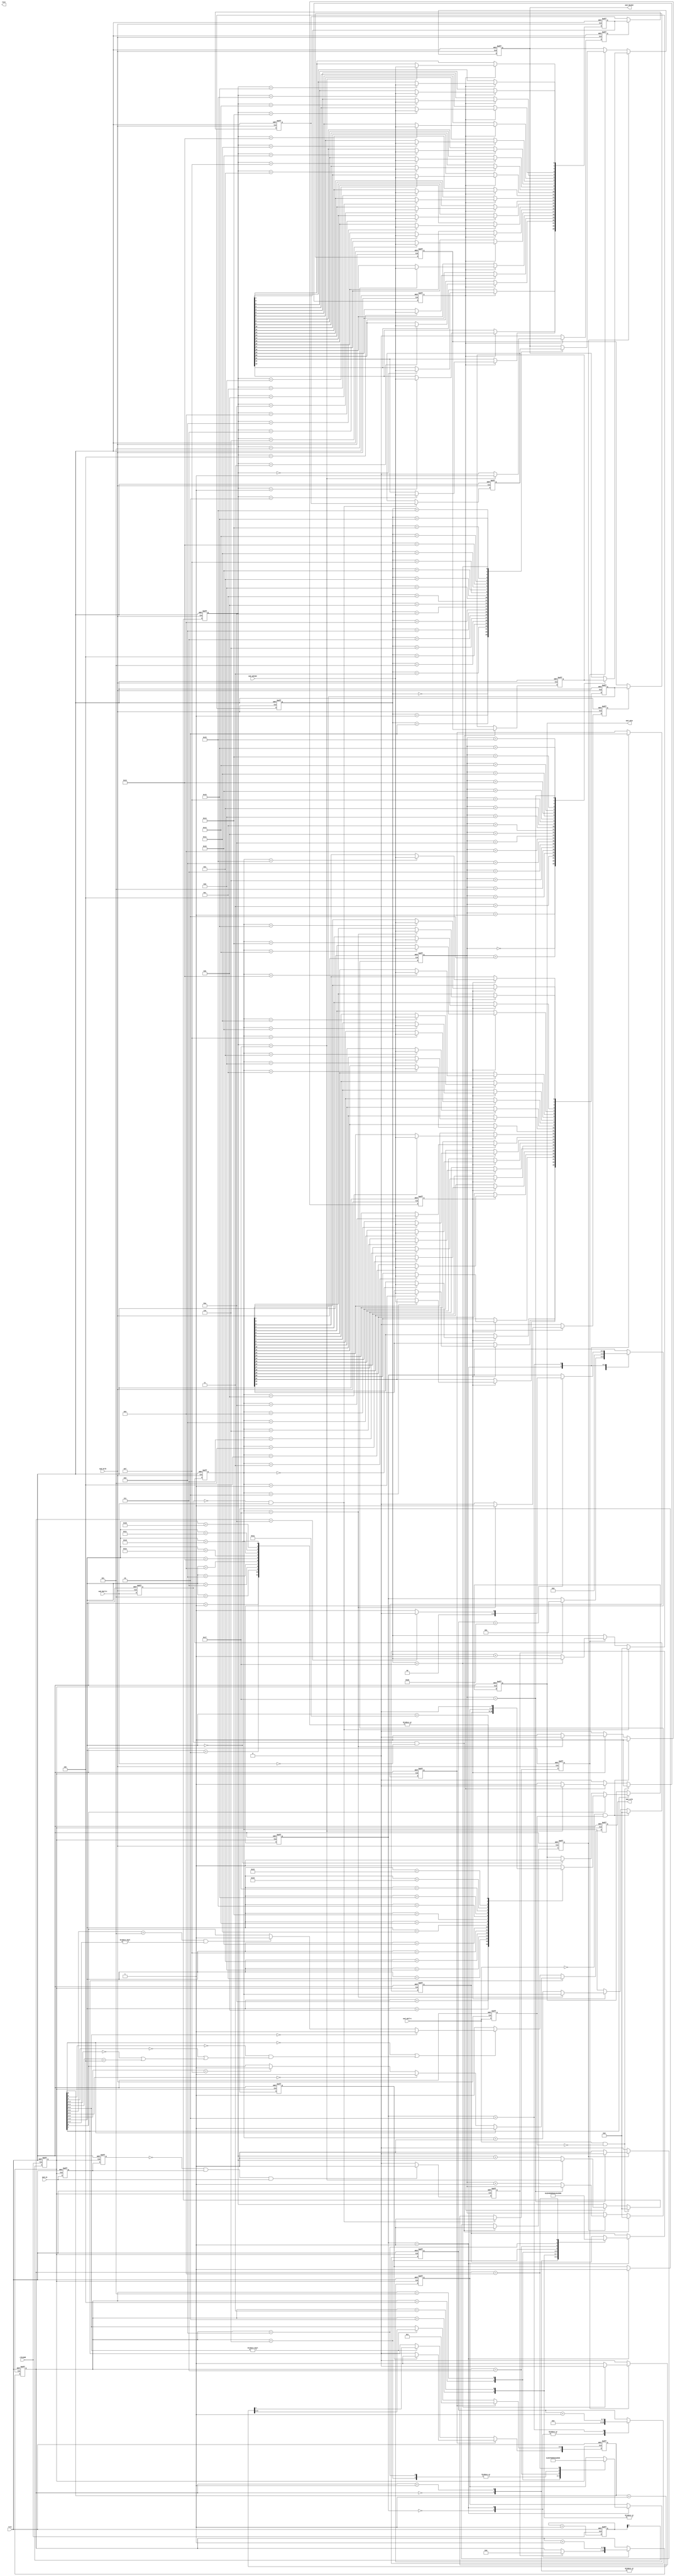
//====================================================================================

  //  Data             :     2013-03-10
  //  Rev              :     1.0
  //  HomePage         :     hevc265.taobao.com       
   
//====================================================================================



`timescale 1ns / 1ps
module audio_wm(
		 rstn,	
                 clk100M,
                 aud_en,  
                 aud_bclk,               
                 aud_sclk,
                 aud_sdin,
                 aud_adcdat,                                  
                 aud_adclrc,
                 aud_daclrc,
                 
                 aud_dacdat,                                                               
                 test		  		  
		);     			  
			  
input rstn;	
input clk100M;
input aud_en;

output aud_sclk;
output aud_sdin;
input  aud_bclk;
input  aud_adcdat;
input aud_adclrc;
input aud_daclrc;

output aud_dacdat;

output test;

reg aud_dacdat;
wire test;


//--------------------

reg i2cseti;

reg i2c_sclk;
reg clk200k;

reg [22:0]twcnt1;
reg [8:0]clkcnt;

reg i2c_init;
reg i2c_init1;
reg [7:0]i2c_cnt;

reg [7:0]i2c_rdata;

reg i2c_sdat;
reg i2c_oe;



//----------------------


reg i2crwi;
reg [7:0]i2c_waddr;
reg [7:0]i2c_wdata;
reg i2cwflg;

reg twinit;
reg [6:0]i2cwcnt;
reg [7:0]i2ctcnt;

reg [2:0]i2c_ctrl;

parameter I2C_IDLE   = 3'd0;
parameter I2C_SET    = 3'd1;
parameter I2C_END    = 3'd2;
 
//--assign aud_sdin = (i2c_oe==1'b1)? i2c_sdat : 1'bz;   
assign aud_sdin = i2c_sdat;
assign aud_sclk = i2c_sclk;

always @(posedge clk100M or negedge rstn) 
begin
if(!rstn)
   begin
        clkcnt <= 9'd0;
        clk200k <= 1'b0;
   end
else
   begin          
        clkcnt <= clkcnt + 1'b1;
        clk200k <= clkcnt[8];      
   end
end


reg seti0;
reg seti1;

always @(posedge clk200k or negedge rstn) 
begin
if(!rstn)
   begin
        i2cseti <= 1'b0;
        
        seti0 <= 1'b0;
        seti1 <= 1'b0;
   end
else
   begin          
        seti0 <= aud_en;
        seti1 <= seti0;
        
        if(seti1==1'b0&&seti0==1'b1&&aud_en==1'b1)
            begin
                 i2cseti <= 1'b1;
            end
        else
            begin
                 i2cseti <= 1'b0;
            end
   end
end

always @(posedge clk200k or negedge rstn) 
begin
     if(!rstn)
     	  begin
               i2crwi <= 1'b0;
               i2c_waddr <= 8'd0;
               i2c_wdata <= 8'd0;
               i2cwflg <= 1'b0;
               i2ctcnt <= 8'd0;
               i2cwcnt <= 7'd0;

               
               i2c_ctrl <= I2C_IDLE;
     	  end
     else 
          begin
               case(i2c_ctrl)
                   I2C_IDLE:
                       begin
                            i2ctcnt <= 8'd0;
      
                            if(i2cseti==1'b1)
                               begin
                                    i2c_ctrl <= I2C_SET;
                                    i2cwcnt <=7'd0;
                               end
                       end
                   
                   I2C_SET:
                       begin
                            i2cwcnt <= i2cwcnt + 1'b1;
                            
                            i2crwi <= 1'b1;
                            i2cwflg <= 1'b1;
                            i2ctcnt <= 8'd0;
                            case(i2cwcnt)
                                7'd0:   begin  i2c_waddr <= {7'h00,1'b0};  i2c_wdata <= 8'h4b;  end
                                7'd1:   begin  i2c_waddr <= {7'h01,1'b0};  i2c_wdata <= 8'h4b;  end
                                7'd2:   begin  i2c_waddr <= {7'h02,1'b0};  i2c_wdata <= 8'h79;  end   
                                7'd3:   begin  i2c_waddr <= {7'h03,1'b0};  i2c_wdata <= 8'h79;  end  
                                7'd4:   begin  i2c_waddr <= {7'h04,1'b0};  i2c_wdata <= 8'h08;  end  
                                7'd5:   begin  i2c_waddr <= {7'h05,1'b0};  i2c_wdata <= 8'h06;  end  
                                7'd6:   begin  i2c_waddr <= {7'h06,1'b0};  i2c_wdata <= 8'h00;  end  
                                7'd7:   begin  i2c_waddr <= {7'h07,1'b0};  i2c_wdata <= 8'h4a;  end     
                                
                                7'd8:   begin  i2c_waddr <= {7'h08,1'b0};  i2c_wdata <= 8'h00;  end
                                7'd9:   begin  i2c_waddr <= {7'h09,1'b0};  i2c_wdata <= 8'h01;  end                                                                                                                                                                                                                                                                                                                    
                                
                            endcase
                            
                            i2c_ctrl <=  I2C_END;
                       end
                       
                   I2C_END:
                       begin
                            i2crwi <= 1'b0;
                            i2ctcnt <= i2ctcnt + 1'b1;
                               
                            if(i2ctcnt[7:0]==8'd160)
                               begin
                                    if(i2cwcnt==7'd10)    
                                       begin
                                            i2c_ctrl <= I2C_IDLE;
                                       end
                                    else
                                       begin
                                            i2c_ctrl <= I2C_SET;
                                       end
                               end
                       end
              endcase                       
          end
end





always @(posedge clk200k or negedge rstn)          
begin
    if(!rstn)
       begin
            i2c_cnt <= 8'd0;
       end
    else
       begin
            if(i2crwi==1'b1)   
               begin
                    if(i2cwflg==1'b1)
                       begin
                           i2c_cnt[7] <= 1'b1;
                       end
                    else
                       begin
                           i2c_cnt[7] <= 1'b0;
                       end
                    i2c_cnt[6:0] <= 7'd1;
               end
            else
               begin
                    if(i2c_cnt[6:0]!=7'd0)
                       begin
                            i2c_cnt <= i2c_cnt + 1'b1;
                       end
               end       
       end
end


always @(posedge clk200k or negedge rstn)            //-- I2C PART
begin
if(!rstn)
   begin
        i2c_sclk <= 1'b1;
        
        i2c_init <= 1'b0;
        i2c_init1 <= 1'b0;
   end
else
   begin        
        if(i2c_cnt[7]==1'b0)
           begin   
               if(i2c_cnt[6]==1'b0 || (i2c_cnt[5]==1'b0&&(i2c_cnt[4]==0||(i2c_cnt[3:2]==2'b00||i2c_cnt[3:0]==4'b0100))))
                  begin
                      if(i2c_cnt[6:0]==6'd0)
                         begin
                              i2c_sclk <= 1'b1;
                         end
                      else
                         begin
                              if(i2c_cnt[6:3]==4'b0101 && i2c_cnt[2:1]!=2'b00)  //-- 42~47
                                 begin
                                      i2c_sclk <= 1'b1;
                                 end
                              else
                                 begin
                                      i2c_sclk <= i2c_cnt[0];
                                 end
                         end
                  end
               else
                  begin
                       i2c_sclk <= 1'b1;
                  end
           end
        else
           begin
                if(i2c_cnt[6]==1'b0)
                   begin
                      if(i2c_cnt[5:0]==5'd0)
                         begin
                              i2c_sclk <= 1'b1;
                         end
                      else
                         begin
                              if(i2c_cnt[5:2]==4'b1111)
                                 begin
                                      i2c_sclk <= 1'b1;
                                 end
                              else
                             begin
                                  i2c_sclk <= i2c_cnt[0];
                             end
                         end                   
                   end
                else
                   begin
                       i2c_sclk <= 1'b1;  
                   end 
           end
                                     
   end
end  




always @(negedge clk200k or negedge rstn)        
begin
if(!rstn)
   begin
        i2c_sdat <= 1'b1;
        i2c_oe <= 1'b1;
   end
else
   begin
      if(i2c_cnt[7]==1'b1)             //-- write;
         begin
             if(i2c_cnt[0]==1'b1)
                begin
                     case(i2c_cnt[6:1])
                        6'd0:  i2c_sdat <= 1'b0;    //-- start;
                        
                        6'd1:  i2c_sdat <= 1'b0;    //-- slave addr;  4A
                        6'd2:  i2c_sdat <= 1'b0;    //-- slave addr;
                        6'd3:  i2c_sdat <= 1'b1;    //-- slave addr;
                        6'd4:  i2c_sdat <= 1'b1;    //-- slave addr;
                        6'd5:  i2c_sdat <= 1'b0;    //-- slave addr;
                        6'd6:  i2c_sdat <= 1'b1;    //-- slave addr;
                        6'd7:  i2c_sdat <= 1'b0;    //-- slave addr;        
                        6'd8:  i2c_sdat <= 1'b0;    //-- write;           
                        
                        6'd9:  i2c_sdat <= 1'b0;    //-- ack time;
                         

                        6'd10: i2c_sdat <= i2c_waddr[7];    //-- sub addr;
                        6'd11: i2c_sdat <= i2c_waddr[6];
                        6'd12: i2c_sdat <= i2c_waddr[5];
                        6'd13: i2c_sdat <= i2c_waddr[4];
                        6'd14: i2c_sdat <= i2c_waddr[3];
                        6'd15: i2c_sdat <= i2c_waddr[2];
                        6'd16: i2c_sdat <= i2c_waddr[1];
                        6'd17: i2c_sdat <= i2c_waddr[0];  
                        
                        6'd18: i2c_sdat <= 1'b0;    //-- ack time;
                        
                        
                        
                        6'd19: i2c_sdat <= i2c_wdata[7];    //-- wrt data;
                        6'd20: i2c_sdat <= i2c_wdata[6];    //-- wrt data;
                        6'd21: i2c_sdat <= i2c_wdata[5];    //-- wrt data;  
                        6'd22: i2c_sdat <= i2c_wdata[4];    //-- wrt data;
                        6'd23: i2c_sdat <= i2c_wdata[3];    //-- wrt data;
                        6'd24: i2c_sdat <= i2c_wdata[2];    //-- wrt data;
                        6'd25: i2c_sdat <= i2c_wdata[1];    //-- wrt data;
                        6'd26: i2c_sdat <= i2c_wdata[0];    //-- wrt data;                           
                        
                        6'd27,
                        6'd28,
                        6'd29,
                        6'd30: i2c_sdat <= 1'b0;                                      
                        default: i2c_sdat <= 1'b1;  
                     endcase 
                end
             else
                begin
                     if(i2c_cnt[6:1]==5'd0)
                        begin
                             i2c_sdat <= 1'b1;
                        end
                end                                                 
         end
       
       
       if(i2c_cnt[7]==1'b1)
          begin
               if(i2c_cnt[0]==1'b1)
                  begin              
                      if(i2c_cnt[6:1]==6'd9 || i2c_cnt[6:1]==6'd18 || i2c_cnt[6:1]==6'd27)
                         begin
                             i2c_oe <= 1'b0;
                         end
                      else
                         begin
                             i2c_oe <= 1'b1;
                         end
                  end
               else
                  begin
                      if(i2c_cnt[6:1]==6'd0)
                         begin
                             i2c_oe <= 1'b1; 
                         end
                  end
          end
           

       
   end
end



always @(negedge clk200k or negedge rstn)           
begin
if(!rstn)
   begin       
        i2c_rdata <= 8'd0;
   end
else
   begin           
        if(i2c_cnt[0]==1'b0&&i2c_cnt[7]==1'b0)
           begin
                case(i2c_cnt[6:1])
                    6'd33: i2c_rdata[7]<= aud_sdin;
                    6'd34: i2c_rdata[6]<= aud_sdin;
                    6'd35: i2c_rdata[5]<= aud_sdin;
                    6'd36: i2c_rdata[4]<= aud_sdin;
                    6'd37: i2c_rdata[3]<= aud_sdin;
                    6'd38: i2c_rdata[2]<= aud_sdin;
                    6'd39: i2c_rdata[1]<= aud_sdin;
                    6'd40: i2c_rdata[0]<= aud_sdin;
                endcase
           end                       
   end
end



  
//==================== audio Line in =========================  


reg [23:0]linrsp; 
reg linvld0;
reg linvld;
reg [23:0]lindat;

reg adclrc1;
reg lrsptime;
reg [4:0]lrspcnt;

always @(posedge aud_bclk or negedge rstn) 
begin
if(!rstn)
   begin
        adclrc1 <= 1'b0;
        lrsptime <= 1'b0;
        lrspcnt <= 5'd0;
        
        linrsp <= 24'd0;
        linvld0 <= 1'b0;
        linvld <= 1'b0;
        lindat <= 24'd0;
   end
else
   begin                                   //--ADC IN:    Master, I2S , fs=48khz, 24bit;
        adclrc1 <= aud_adclrc; 
        
        if(aud_adclrc==1'b0 && adclrc1==1'b1)
           begin
                lrsptime <= 1'b1;
                lrspcnt <= 5'd0;
           end
        else
           begin
                if(lrsptime==1'b1)
                   begin
                        if(lrspcnt==5'd23)
                           begin
                                lrsptime <= 1'b0;
                           end
                        else
                           begin
                                lrspcnt <= lrspcnt + 1'b1;
                           end
                   end
           end
           
        if(lrsptime==1'b1)
           begin
                case(lrspcnt[4:0])
                    5'd0:   linrsp[23] <= aud_adcdat;
                    5'd1:   linrsp[22] <= aud_adcdat;
                    5'd2:   linrsp[21] <= aud_adcdat;
                    5'd3:   linrsp[20] <= aud_adcdat;
                            
                    5'd4:   linrsp[19] <= aud_adcdat;
                    5'd5:   linrsp[18] <= aud_adcdat;
                    5'd6:   linrsp[17] <= aud_adcdat;
                    5'd7:   linrsp[16] <= aud_adcdat;
                            
                    5'd8:   linrsp[15] <= aud_adcdat;
                    5'd9:   linrsp[14] <= aud_adcdat;
                    5'd10:  linrsp[13] <= aud_adcdat;
                    5'd11:  linrsp[12] <= aud_adcdat;
                    
                    5'd12:  linrsp[11] <= aud_adcdat;
                    5'd13:  linrsp[10] <= aud_adcdat;
                    5'd14:  linrsp[9] <= aud_adcdat;
                    5'd15:  linrsp[8] <= aud_adcdat;                    

                    5'd16:  linrsp[7] <= aud_adcdat;
                    5'd17:  linrsp[6] <= aud_adcdat;
                    5'd18:  linrsp[5] <= aud_adcdat;
                    5'd19:  linrsp[4] <= aud_adcdat;
                    
                    5'd20:  linrsp[3] <= aud_adcdat;
                    5'd21:  linrsp[2] <= aud_adcdat;
                    5'd22:  linrsp[1] <= aud_adcdat;
                    5'd23:  linrsp[0] <= aud_adcdat;
                endcase                    
           end
           
         if(lrsptime==1'b1)
           begin
                if(lrspcnt==5'd23)
                   begin
                        linvld0 <= 1'b1;   //-- keep 1clk; 
                   end
                else
                   begin
                        linvld0 <= 1'b0;
                   end
           end   
         else
           begin
                linvld0 <= 1'b0;
           end
           
         linvld <= linvld0;
         if(linvld0==1'b1)
            begin
                 lindat <= linrsp;      
            end
   end
end   




reg [23:0]rinrsp; 
reg rinvld0;
reg rinvld;
reg [23:0]rindat;

reg rrsptime;
reg [4:0]rrspcnt;

always @(posedge aud_bclk or negedge rstn) 
begin
if(!rstn)
   begin
        rrsptime <= 1'b0;
        rrspcnt <= 5'd0;
        
        rinrsp <= 24'd0;
        rinvld0 <= 1'b0;
        rinvld <= 1'b0;
        rindat <= 24'd0;
   end
else
   begin                                   //--ADC IN:    Master, I2S , fs=48khz, 24bit;        
        if(aud_adclrc==1'b1 && adclrc1==1'b0)
           begin
                rrsptime <= 1'b1;
                rrspcnt <= 5'd0;
           end
        else
           begin
                if(rrsptime==1'b1)
                   begin
                        if(rrspcnt==5'd23)
                           begin
                                rrsptime <= 1'b0;
                           end
                        else
                           begin
                                rrspcnt <= rrspcnt + 1'b1;
                           end
                   end
           end
           
        if(rrsptime==1'b1)
           begin
                case(rrspcnt[4:0])
                    5'd0:   rinrsp[23] <= aud_adcdat;
                    5'd1:   rinrsp[22] <= aud_adcdat;
                    5'd2:   rinrsp[21] <= aud_adcdat;
                    5'd3:   rinrsp[20] <= aud_adcdat;
                            
                    5'd4:   rinrsp[19] <= aud_adcdat;
                    5'd5:   rinrsp[18] <= aud_adcdat;
                    5'd6:   rinrsp[17] <= aud_adcdat;
                    5'd7:   rinrsp[16] <= aud_adcdat;
                            
                    5'd8:   rinrsp[15] <= aud_adcdat;
                    5'd9:   rinrsp[14] <= aud_adcdat;
                    5'd10:  rinrsp[13] <= aud_adcdat;
                    5'd11:  rinrsp[12] <= aud_adcdat;
                    
                    5'd12:  rinrsp[11] <= aud_adcdat;
                    5'd13:  rinrsp[10] <= aud_adcdat;
                    5'd14:  rinrsp[9] <= aud_adcdat;
                    5'd15:  rinrsp[8] <= aud_adcdat;                    

                    5'd16:  rinrsp[7] <= aud_adcdat;
                    5'd17:  rinrsp[6] <= aud_adcdat;
                    5'd18:  rinrsp[5] <= aud_adcdat;
                    5'd19:  rinrsp[4] <= aud_adcdat;
                    
                    5'd20:  rinrsp[3] <= aud_adcdat;
                    5'd21:  rinrsp[2] <= aud_adcdat;
                    5'd22:  rinrsp[1] <= aud_adcdat;
                    5'd23:  rinrsp[0] <= aud_adcdat;
                endcase                    
           end
           
         if(rrsptime==1'b1)
           begin
                if(rrspcnt==5'd23)
                   begin
                        rinvld0 <= 1'b1;   //-- keep 1clk; 
                   end
                else
                   begin
                        rinvld0 <= 1'b0;
                   end
           end   
         else
           begin
                rinvld0 <= 1'b0;
           end
           
         rinvld <= rinvld0;
         if(rinvld0==1'b1)
            begin
                 rindat <= rinrsp;
            end
   end
end   


//==================== audio line out ==============================


reg [23:0]ldodat;
reg ldotime;
reg [4:0]ldocnt;
reg daclrc1;

always @(posedge aud_bclk or negedge rstn) 
begin
if(!rstn)
   begin
        ldodat <= 24'd0;
        ldotime <= 1'b0;
        ldocnt <= 5'd0;
        
        daclrc1 <= 1'b0;
   end
else
   begin
        
        daclrc1 <= aud_daclrc;
        
        if(daclrc1==1'b1&&aud_daclrc==1'b0)     //--DAC OUT:    Master, I2S , fs=48khz, 24bit; 
           begin
                ldotime <= 1'b1;
                ldocnt <= 5'd0;
                ldodat[23:0] <= lindat[23:0];              //-- LINE INLINE OUT 
           end
        else
           begin
                if(ldotime==1'b1)
                   begin
                        if(ldocnt==5'd23)
                           begin
                                ldotime <= 1'b0;
                           end
                        else
                           begin
                                ldocnt <= ldocnt + 1'b1;
                           end                        
                   end
           end
        
   end
end





reg [23:0]rdodat;
reg rdotime;
reg [4:0]rdocnt;

always @(posedge aud_bclk or negedge rstn) 
begin
if(!rstn)
   begin
        rdodat <= 24'd0;
        rdotime <= 1'b0;
        rdocnt <= 5'd0;
        
   end
else
   begin
        
        if(daclrc1==1'b0&&aud_daclrc==1'b1)     //--DAC OUT:    Master, I2S , fs=48khz, 24bit; 
           begin
                rdotime <= 1'b1;
                rdocnt <= 5'd0;
                rdodat[23:0] <= rindat[23:0];              //-- LINE INLINE OUT 
           end
        else
           begin
                if(rdotime==1'b1)
                   begin
                        if(rdocnt==5'd23)
                           begin
                                rdotime <= 1'b0;
                           end
                        else
                           begin
                                rdocnt <= rdocnt + 1'b1;
                           end                        
                   end
           end
        
   end
end




always @(negedge aud_bclk or negedge rstn)         //-- 
begin
if(!rstn)
   begin
        aud_dacdat <= 1'b0;
   end
else
   begin
        if(ldotime==1'b1)
           begin
                case(ldocnt[4:0])
                    5'd0:   aud_dacdat <= ldodat[23];
                    5'd1:   aud_dacdat <= ldodat[22];
                    5'd2:   aud_dacdat <= ldodat[21];
                    5'd3:   aud_dacdat <= ldodat[20];
                           
                    5'd4:   aud_dacdat <= ldodat[19];
                    5'd5:   aud_dacdat <= ldodat[18];
                    5'd6:   aud_dacdat <= ldodat[17];
                    5'd7:   aud_dacdat <= ldodat[16];
                            
                    5'd8:   aud_dacdat <= ldodat[15];
                    5'd9:   aud_dacdat <= ldodat[14];
                    5'd10:  aud_dacdat <= ldodat[13];
                    5'd11:  aud_dacdat <= ldodat[12];
                          
                    5'd12:  aud_dacdat <= ldodat[11];
                    5'd13:  aud_dacdat <= ldodat[10];
                    5'd14:  aud_dacdat <= ldodat[9];
                    5'd15:  aud_dacdat <= ldodat[8];                    
                          
                    5'd16:  aud_dacdat <= ldodat[7];
                    5'd17:  aud_dacdat <= ldodat[6];
                    5'd18:  aud_dacdat <= ldodat[5];
                    5'd19:  aud_dacdat <= ldodat[4];
                            
                    5'd20:  aud_dacdat <= ldodat[3];
                    5'd21:  aud_dacdat <= ldodat[2];
                    5'd22:  aud_dacdat <= ldodat[1];
                    5'd23:  aud_dacdat <= ldodat[0];
                endcase                    
           end  
        else
           begin
                if(rdotime==1'b1)
                   begin
                        case(rdocnt[4:0])
                            5'd0:   aud_dacdat <= rdodat[23];
                            5'd1:   aud_dacdat <= rdodat[22];
                            5'd2:   aud_dacdat <= rdodat[21];
                            5'd3:   aud_dacdat <= rdodat[20];
                                   
                            5'd4:   aud_dacdat <= rdodat[19];
                            5'd5:   aud_dacdat <= rdodat[18];
                            5'd6:   aud_dacdat <= rdodat[17];
                            5'd7:   aud_dacdat <= rdodat[16];
                                    
                            5'd8:   aud_dacdat <= rdodat[15];
                            5'd9:   aud_dacdat <= rdodat[14];
                            5'd10:  aud_dacdat <= rdodat[13];
                            5'd11:  aud_dacdat <= rdodat[12];
                                  
                            5'd12:  aud_dacdat <= rdodat[11];
                            5'd13:  aud_dacdat <= rdodat[10];
                            5'd14:  aud_dacdat <= rdodat[9];
                            5'd15:  aud_dacdat <= rdodat[8];                    
                                  
                            5'd16:  aud_dacdat <= rdodat[7];
                            5'd17:  aud_dacdat <= rdodat[6];
                            5'd18:  aud_dacdat <= rdodat[5];
                            5'd19:  aud_dacdat <= rdodat[4];
                                    
                            5'd20:  aud_dacdat <= rdodat[3];
                            5'd21:  aud_dacdat <= rdodat[2];
                            5'd22:  aud_dacdat <= rdodat[1];
                            5'd23:  aud_dacdat <= rdodat[0];
                        endcase                    
                   end
           
           end 
   end
end


//==================================================================


	
endmodule